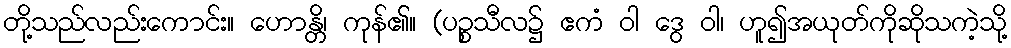
တို့သည်လည်းကောင်း။ ဟောန္တိ၊ ကုန်၏။ (ပဉ္စသီလ၌ ဧကံ ဝါ ဒွေ ဝါ၊ ဟူ၍အယုတ်ကိုဆိုသကဲ့သို့